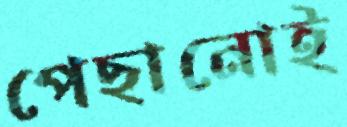
পেছানোই